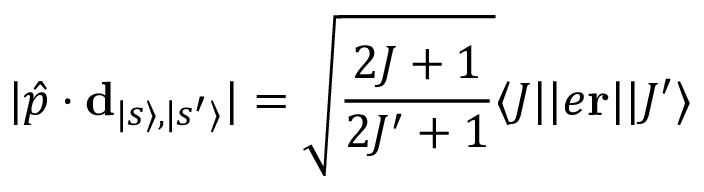
| \hat { p } \cdot \mathbf { d } _ { | s \rangle , | s ^ { \prime } \rangle } | = \sqrt { \frac { 2 J + 1 } { 2 J ^ { \prime } + 1 } } \langle J | | e \mathbf { r } | | J ^ { \prime } \rangle